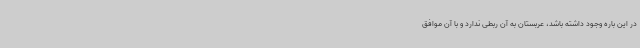
در این باره وجود داشته باشد، عربستان به آن ربطی ندارد و با آن موافق